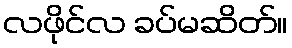
လဖိုင်လ ခပ်မဆိတ်။